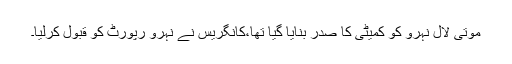
موتی لال نہرو کو کمیٹی کا صدر بنایا گیا تھا،کانگریس نے نہرو رپورٹ کو قبول کرلیا۔